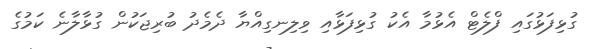
ގުޅިފަޅުގައި ފްލެޓް އެޅުމާ އެކު ގުޅިފަޅާއި ވިލިނގިއްޔާ ދެމެދު ބުރިޖަކުން ގުޅާލާނެ ކަމުގެ